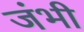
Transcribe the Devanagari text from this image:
जंभी